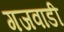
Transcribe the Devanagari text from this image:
गजवाडी